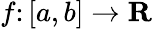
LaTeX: f\colon[a,b]\rightarrow\mathbf{R}